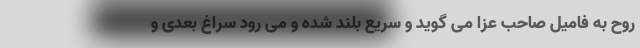
روح به فامیل صاحب عزا می گوید و سریع بلند شده و می رود سراغ بعدی و